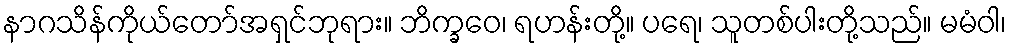
နာဂသိန်ကိုယ်တော်အရှင်ဘုရား။ ဘိက္ခဝေ၊ ရဟန်းတို့။ ပရေ၊ သူတစ်ပါးတို့သည်။ မမံဝါ၊